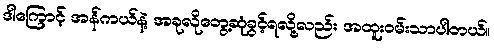
ဒါကြောင့် အန်ကယ်နဲ့ အခုလိုတွေ့ဆုံခွင့်ရလို့လည်း အထူးဝမ်းသာပါတယ်။